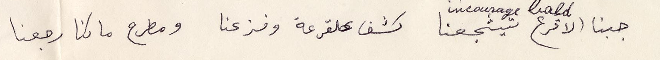
جبنا الاقرع تيشجعنا كشف علقرعة وفزعنا ومطرح ما كنا رجعنا